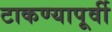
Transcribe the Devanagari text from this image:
टाकण्यापूर्वी